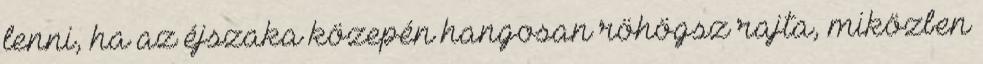
lenni, ha az éjszaka közepén hangosan röhögsz rajta, miközben